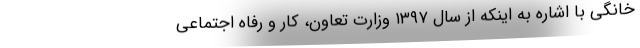
خانگی با اشاره به اینکه از سال ۱۳۹۷ وزارت تعاون، کار و رفاه اجتماعی